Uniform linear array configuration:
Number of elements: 16
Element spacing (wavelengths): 0.25
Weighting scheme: kaiser
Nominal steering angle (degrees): -45
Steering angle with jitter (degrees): -45.469
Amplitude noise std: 0.05
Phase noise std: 0.05

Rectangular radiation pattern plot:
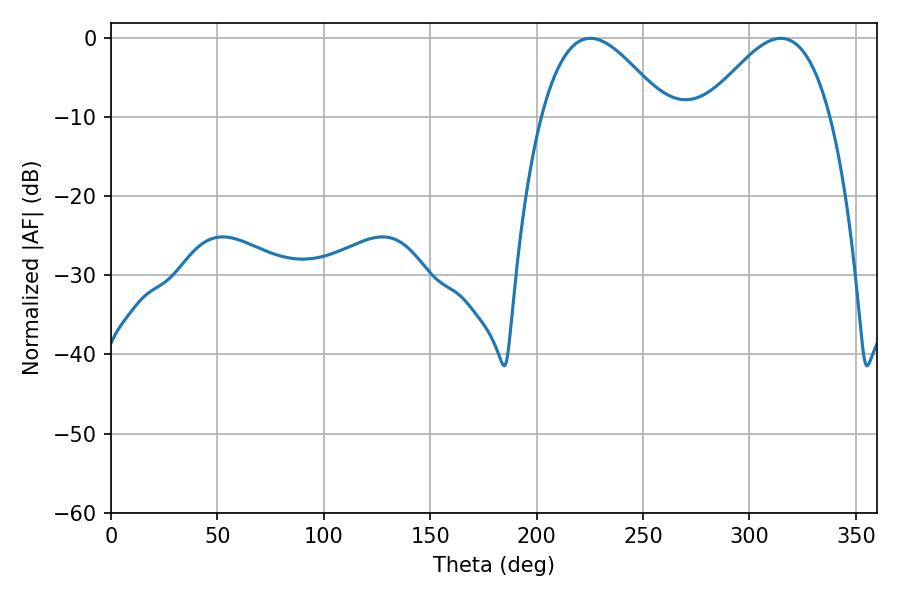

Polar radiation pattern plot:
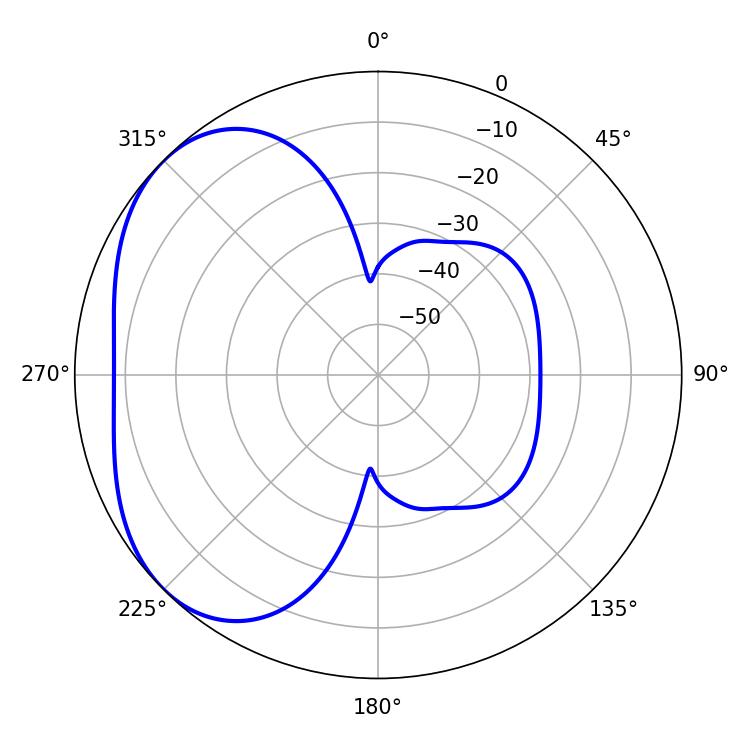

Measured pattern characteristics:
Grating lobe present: FALSE
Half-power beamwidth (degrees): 31.86
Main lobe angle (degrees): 225.18